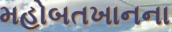
મહોબતખાનના